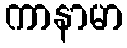
ကာနာမာ